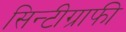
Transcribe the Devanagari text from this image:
सिन्टीग्राफी